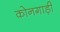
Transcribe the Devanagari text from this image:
कोनगाड़ी